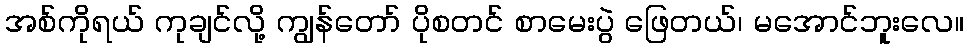
အစ်ကိုရယ် ကုချင်လို့ ကျွန်တော် ပိုစတင် စာမေးပွဲ ဖြေတယ်၊ မအောင်ဘူးလေ။